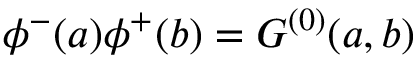
\phi ^ { - } ( a ) \phi ^ { + } ( b ) = G ^ { ( 0 ) } ( a , b )